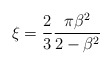
\begin{align*}\xi={2\over 3}{\pi \beta^2\over 2-\beta^2}\end{align*}